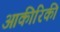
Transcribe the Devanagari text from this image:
आकीरिकी